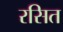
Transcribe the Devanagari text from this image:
रसित